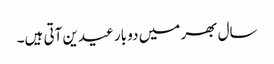
سال بھر میں دو بار عیدین آتی ہیں۔